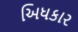
અિધકાર